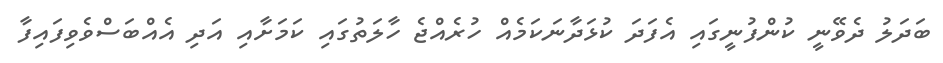
ބަދަލު ދެވޭނީ ކުންފުނީގައި އެފަދަ ކުޅަދާނަކަމެއް ހުރެއްޖެ ހާލަތުގައި ކަމަށާއި އަދި އެއްބަސްވެވިފައިފާ